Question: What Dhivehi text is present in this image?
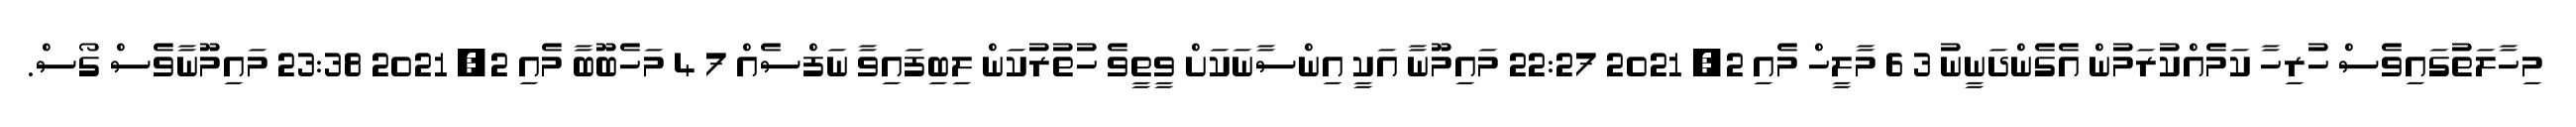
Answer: މިހާލަތުގައިވެސް ހުރިހާ ކަމެއްކުރަމުން އެގެންދަނީނު 3 6 މާލީހް މެއި 2, 2021 22:27 މައިމޫނާ އަކީ އިންސާނަކަށް ވީތީވެ ހުތުރުކަން ލިބިފައިވާ ނަފްސެއް 7 4 މަހެބޫބާ މެއި 2, 2021 23:38 މައިމޫނާވެސް ގޯސް.